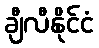
ချီလီနိုင်ငံ